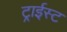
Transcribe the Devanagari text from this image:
ट्राईस्ट